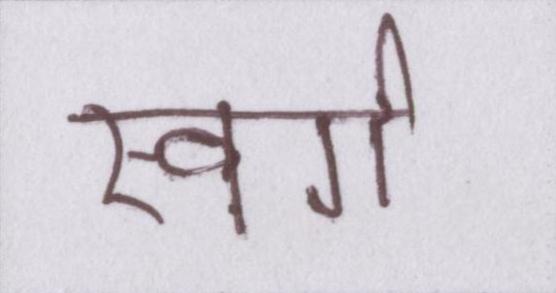
स्वर्ग